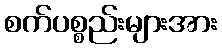
စက်ပစ္စည်းများအား